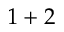
1 + 2